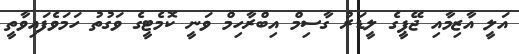
އަލީ އާޒިމާއި ޖޭޕީގެ ލީޑަރު ގާސިމް އިބްރާހިމް ވަނީ ކޮމެޓީގެ ވަގުތު ހަމަވެފައިވާތީ